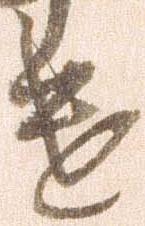
遣